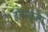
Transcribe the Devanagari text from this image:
इलेस्कूला